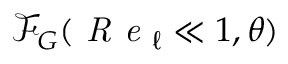
\mathcal { F } _ { G } ( \textit { R e } _ { \ell } \ll 1 , \theta )